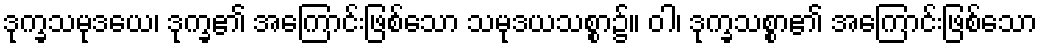
ဒုက္ခသမုဒယေ၊ ဒုက္ခ၏ အကြောင်းဖြစ်သော သမုဒယသစ္စာ၌။ ဝါ၊ ဒုက္ခသစ္စာ၏ အကြောင်းဖြစ်သော